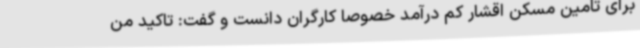
برای تامین مسکن اقشار کم درآمد خصوصا کارگران دانست و گفت: تاکید من